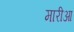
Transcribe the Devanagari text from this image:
मारीआ